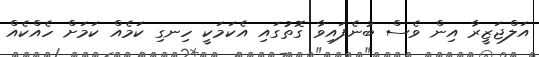
އަލްޖަޒީރާ އިން ވެސް ބުނެފައިވާ ގޮތުގައި އެކަމަކީ ހިނގި ކަމެއް ކަމަށް ހެއްކެއް